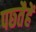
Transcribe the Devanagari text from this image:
पछ्तैहें